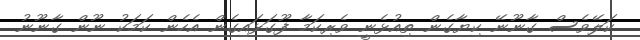
ކަލޭވެސް ގާނޫނޭ ކިޔާގެން ތިއުޅެނީ ވެރިކަމާ ފޫގަޅައިގެން އެހެން ކަމަކު ނޫން ގާނޫނު